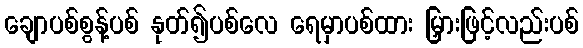
ချောပစ်စွန့်ပစ် နုတ်၍ပစ်လေ ရေမှာပစ်ထား မြှားဖြင့်လည်းပစ်